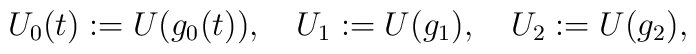
U_0 (t) :=  U ( g_0(t) ), \quad	U_1     := U ( g_1 ), \quad	U_2     := U ( g_2 ),